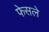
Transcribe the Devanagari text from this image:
फेसले